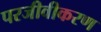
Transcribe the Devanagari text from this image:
परजीवीकरण